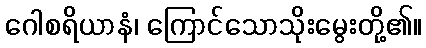
ဂေါစရိယာနံ၊ ကြောင်သောသိုးမွေးတို့၏။